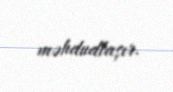
məhdudlaşır.